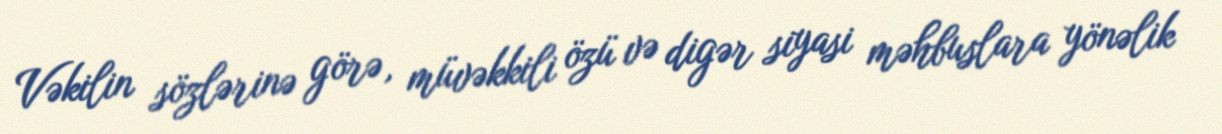
Vəkilin sözlərinə görə, müvəkkili özü və digər siyasi məhbuslara yönəlik